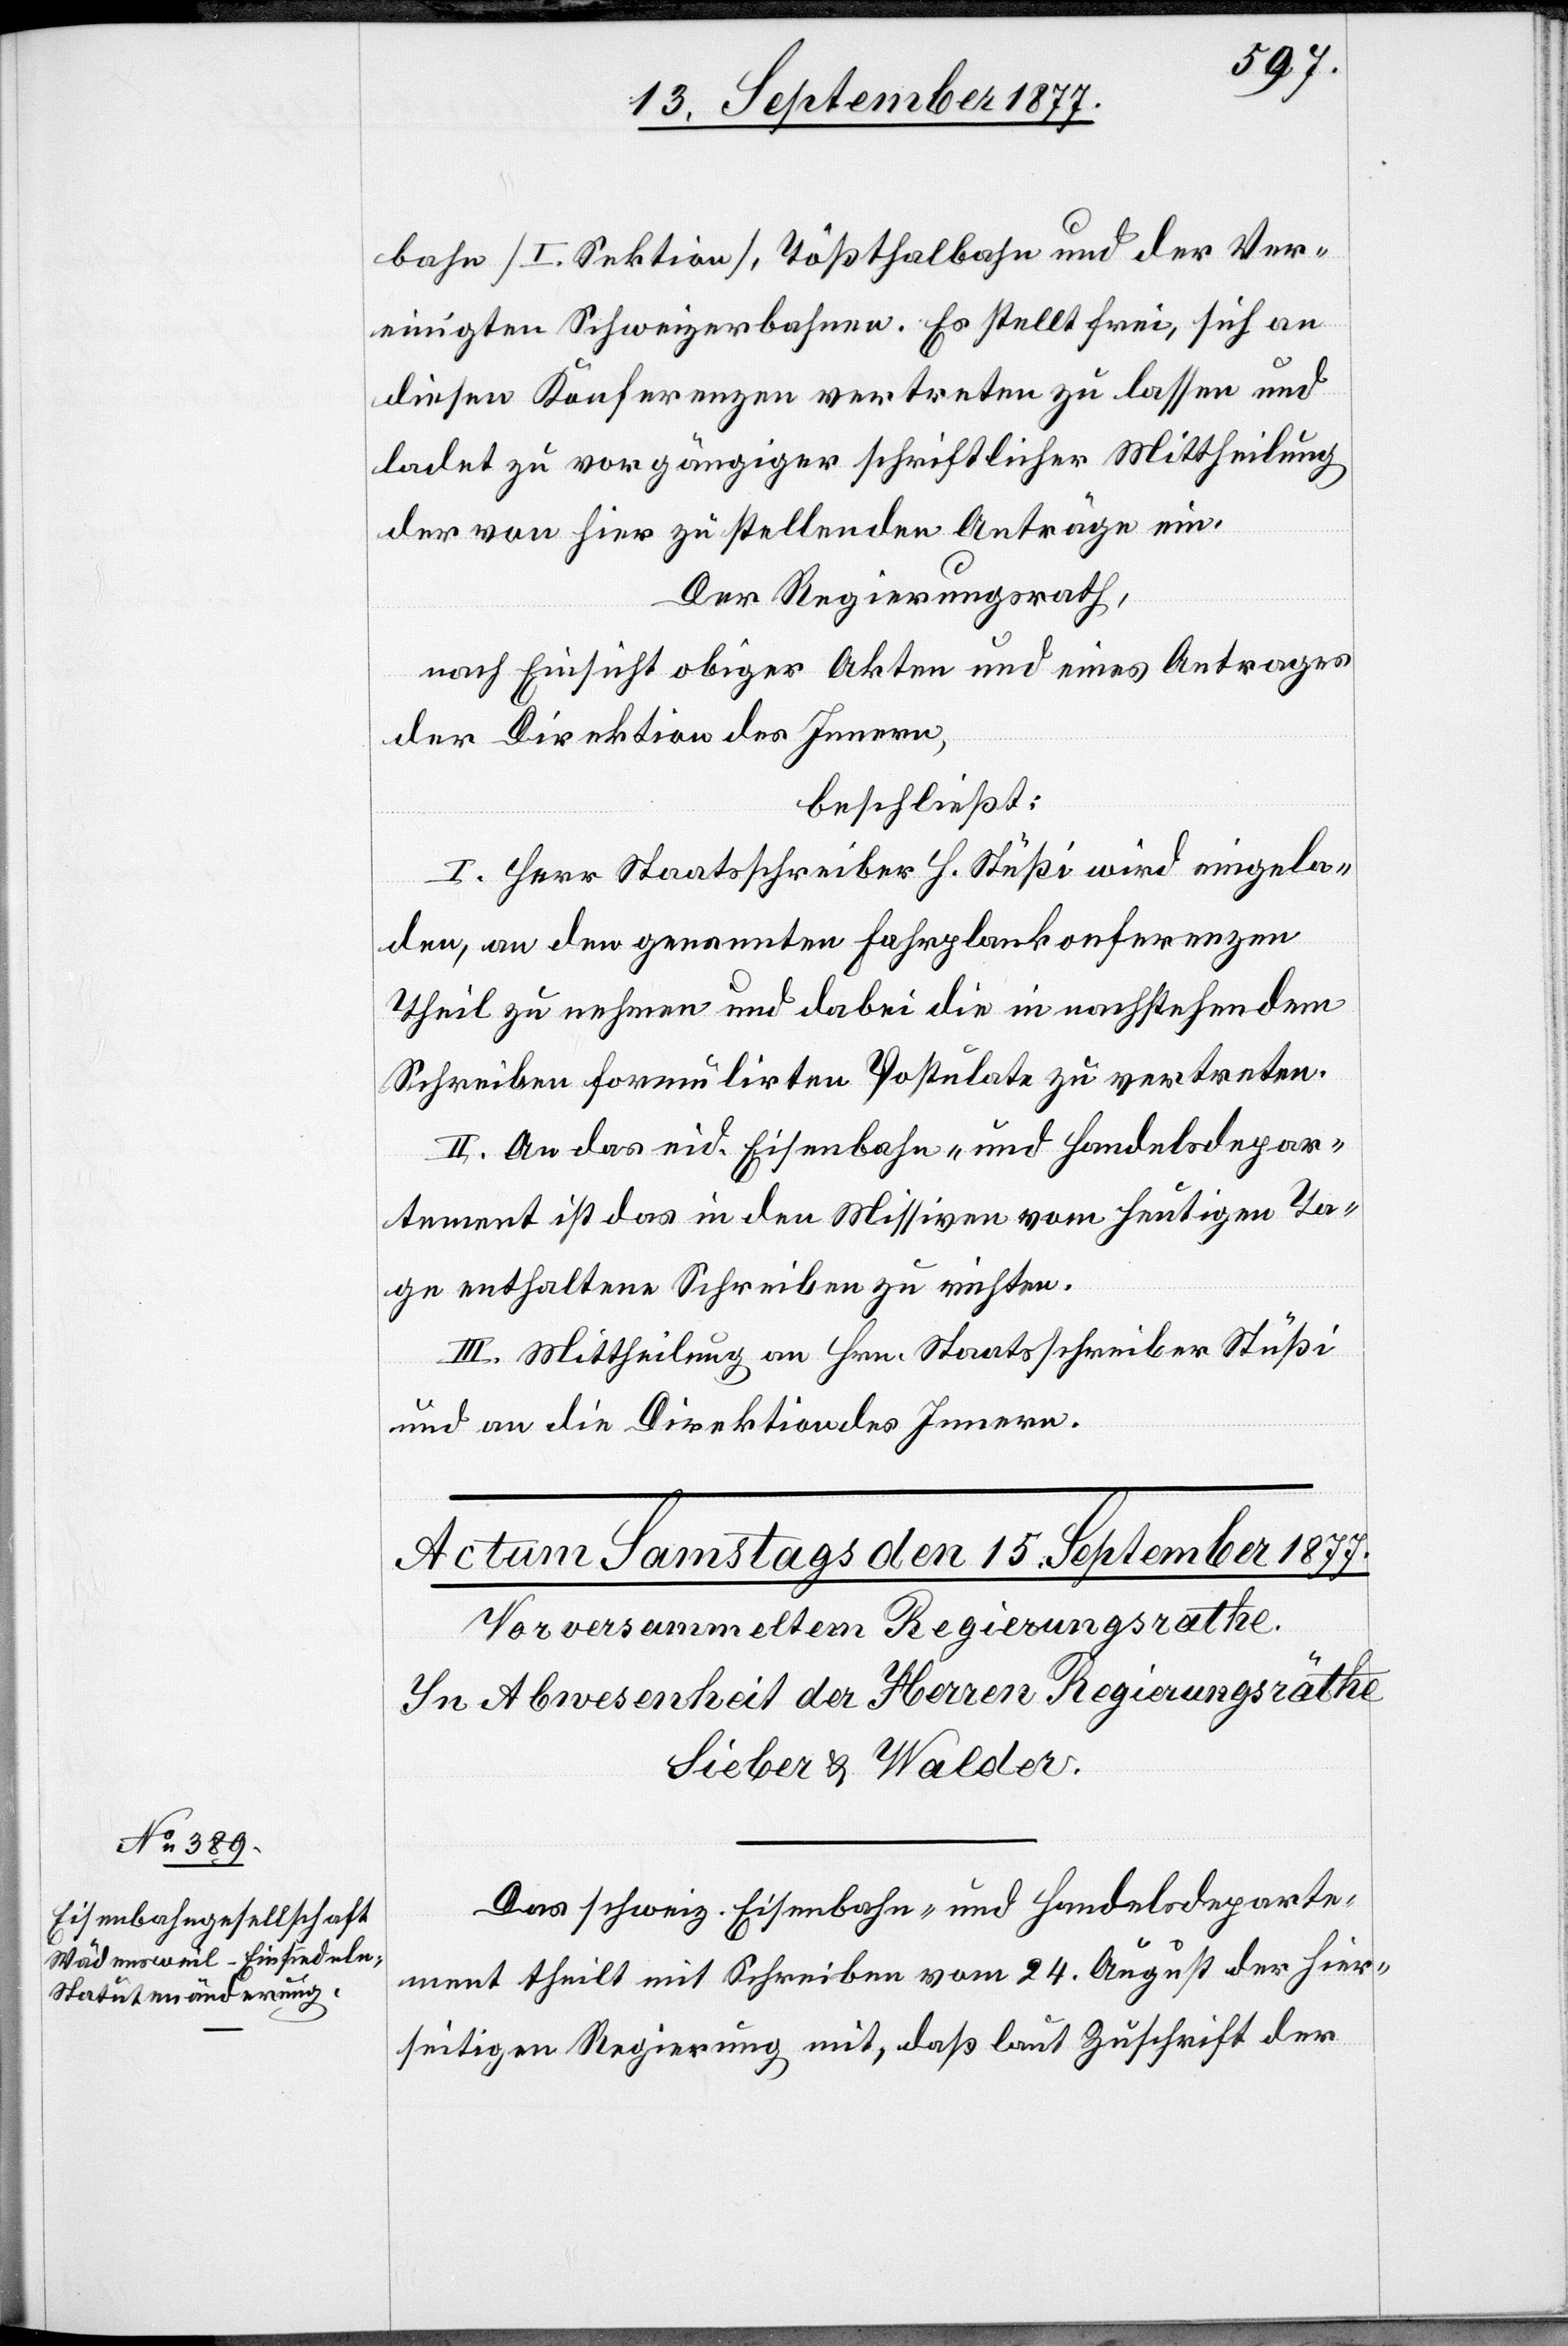
bahn [I. Sektion], Tößthalbahn und der Ver¬
einigten Schweizerbahnen. Es stellt frei, sich an
diesen Konferenzen vertreten zu lassen und
ladet zu vorgängiger schriftlicher Mittheilung
der von hier zu stellenden Anträge ein.
Der Regierungsrath,
nach Einsicht obiger Akten und eines Antrages
der Direktion des Innern,
beschließt:
I. Herr Staatsschreiber H. Stüßi wird eingela¬
den, an den genannten Fahrplankonferenzen
Theil zu nehmen und dabei die in nachstehendem
Schreiben formulirten Postulate zu vertreten.
II. An das eid. Eisenbahn- und Handelsdepar¬
tement ist das in den Missiven vom heutigen Ta¬
ge enthaltene Schreiben zu richten.
III. Mittheilung an Hrn. Staatsschreiber Stüßi
und an die Direktion des Innern.
Das schweiz. Eisenbahn- und Handelsdeparte¬
ment theilt mit Schreiben vom 24. August der hier¬
seitigen Regierung mit, daß laut Zuschrift der